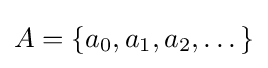
A=\{a_{0},a_{1},a_{2},\dots \}